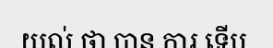
យល់ ថា បាន ការ ទើប